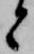
と